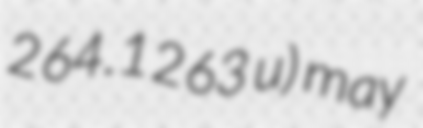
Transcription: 264.1263 u) may